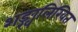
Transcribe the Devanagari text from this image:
शङ्खलिखित